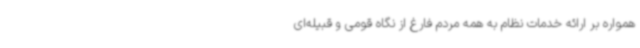
همواره بر ارائه خدمات نظام به همه مردم فارغ از نگاه قومی و قبیله‌ای